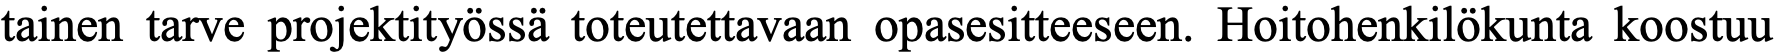
tainen tarve projektityössä toteutettavaan opasesitteeseen. Hoitohenkilökunta koostuu